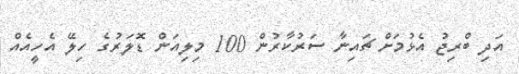
އަދި ބްރިޖު އެޅުމަށް ޗައިނާ ސަރުކާރުން 100 މިލިއަން ޑޮލަރުގެ ހިލޭ އެހީއެއް